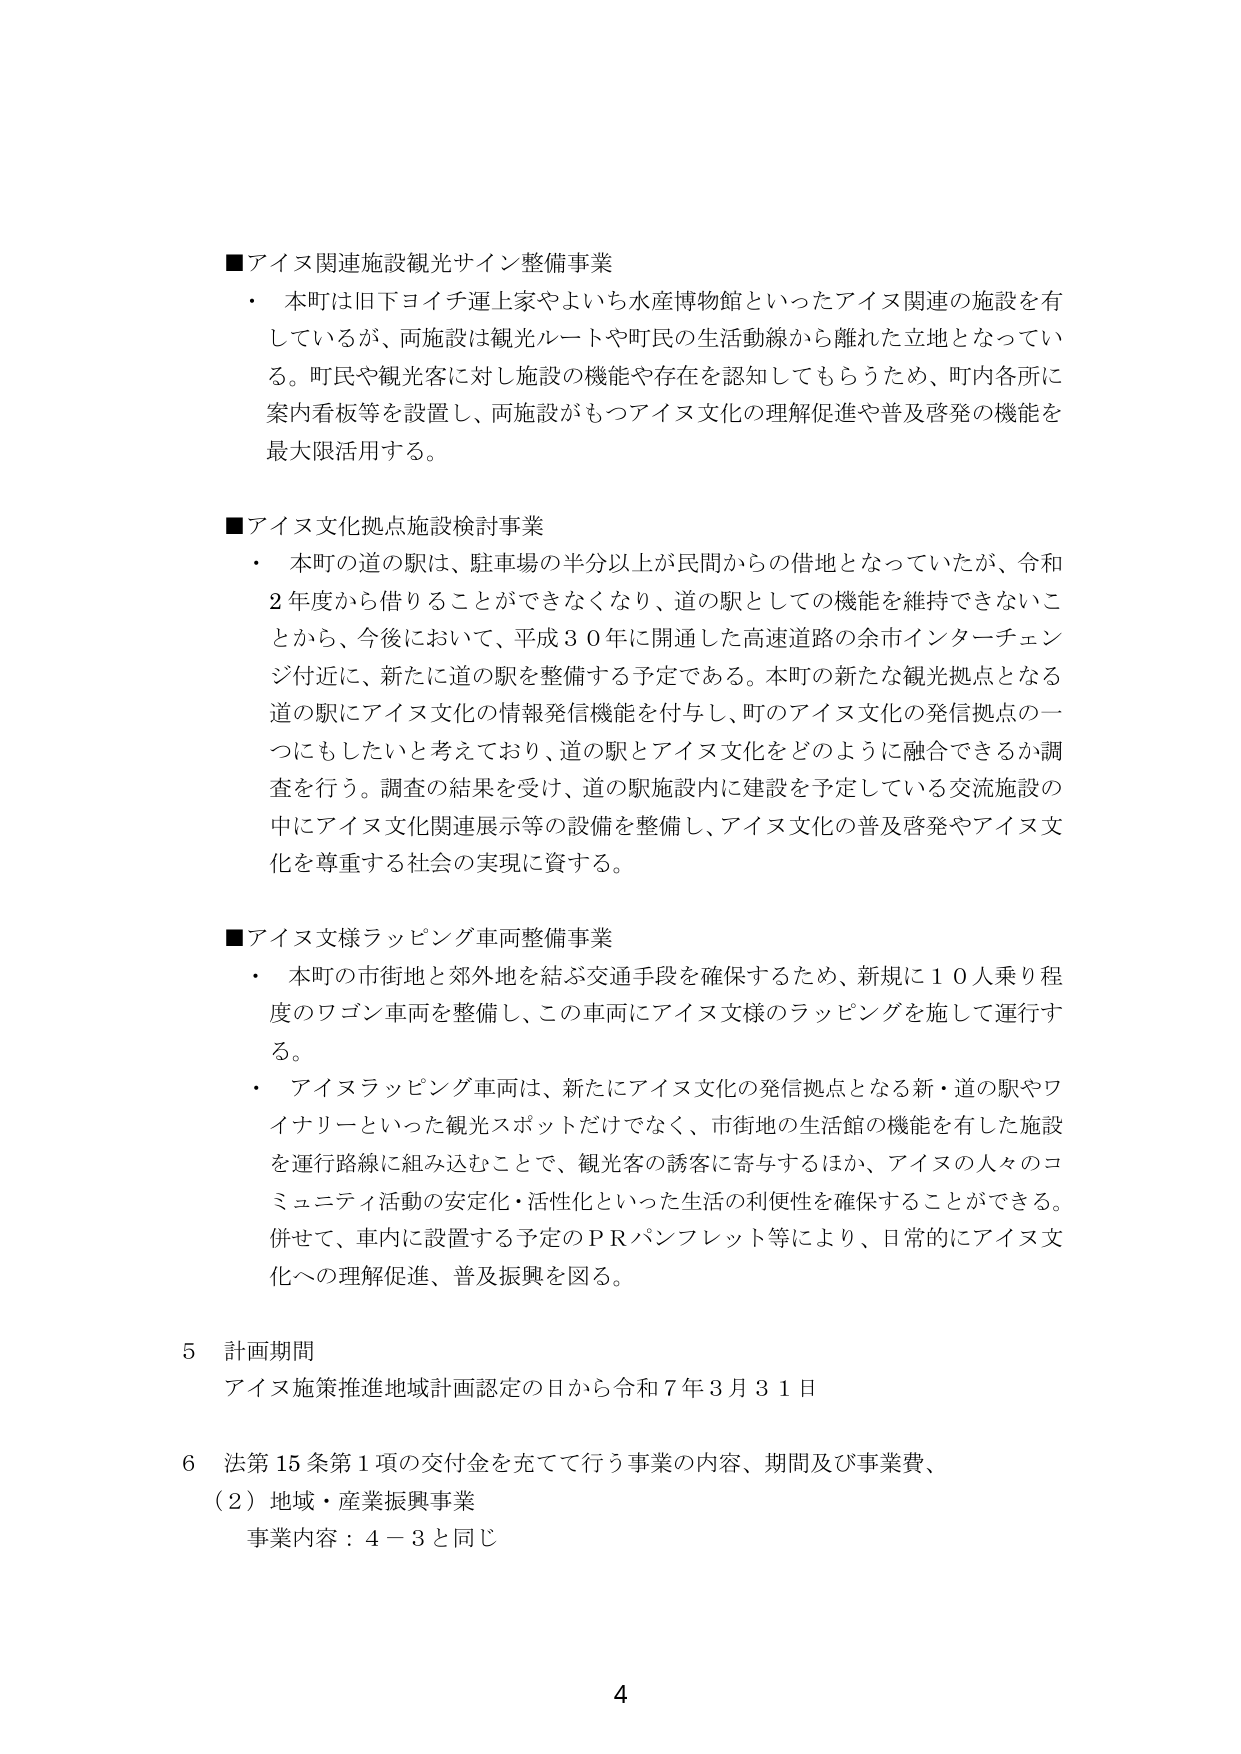
■アイヌ関連施設観光サイン整備事業
・ 本町は旧下ヨイチ運上家やよいち水産博物館といったアイヌ関連の施設を有しているが、両施設は観光ルートや町民の生活動線から離れた立地となっている。町民や観光客に対し施設の機能や存在を認知してもらうため、町内各所に案内看板等を設置し、両施設がもつアイヌ文化の理解促進や普及啓発の機能を最大限活用する。

■アイヌ文化拠点施設検討事業
・ 本町の道の駅は、駐車場の半分以上が民間からの借地となっていたが、令和２年度から借りることができなくなり、道の駅としての機能を維持できないことから、今後において、平成３０年に開通した高速道路の余市インターチェンジ付近に、新たに道の駅を整備する予定である。本町の新たな観光拠点となる道の駅にアイヌ文化の情報発信機能を付与し、町のアイヌ文化の発信拠点の一つにもしたいと考えており、道の駅とアイヌ文化をどのように融合できるか調査を行う。調査の結果を受け、道の駅施設内に建設を予定している交流施設の中にアイヌ文化関連展示等の設備を整備し、アイヌ文化の普及啓発やアイヌ文化を尊重する社会の実現に資する。

■アイヌ文様ラッピング車両整備事業
・ 本町の市街地と郊外地を結ぶ交通手段を確保するため、新規に１０人乗り程度のワゴン車両を整備し、この車両にアイヌ文様のラッピングを施して運行する。
・ アイヌラッピング車両は、新たにアイヌ文化の発信拠点となる新・道の駅やワイナリーといった観光スポットだけでなく、市街地の生活館の機能を有した施設を運行路線に組み込むことで、観光客の誘客に寄与するほか、アイヌの人々のコミュニティ活動の安定化・活性化といった生活の利便性を確保することができる。併せて、車内に設置する予定のＰＲパンフレット等により、日常的にアイヌ文化への理解促進、普及振興を図る。

５ 計画期間
アイヌ施策推進地域計画認定の日から令和７年３月３１日

６ 法第15条第1項の交付金を充てて行う事業の内容、期間及び事業費、
（２）地域・産業振興事業
事業内容：４－３と同じ

4